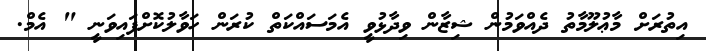
އިތުރަށް މާޢުލޫމާތު ދެއްވަމުން ޝިޒާން ވިދާޅުވީ އެމަސައްކަތް ކުރަން ހަވާލުކޮށްފައިވަނީ " އެމް.